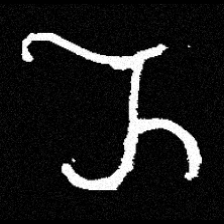
Pyu character \u2014 Myanmar letter: ည (romanized: nya)